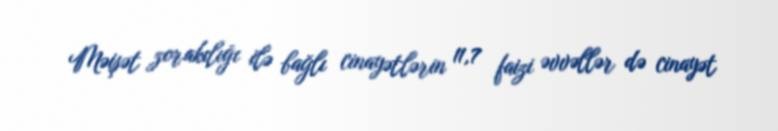
Məişət zorakılığı ilə bağlı cinayətlərin 11,7 faizi əvvəllər də cinayət